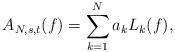
LaTeX: \begin{align*}A_{N,s,t}{(f)} = \sum_{k=1}^{N}a_k L_k(f),\end{align*}